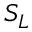
S _ { L }